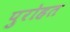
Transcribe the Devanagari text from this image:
पुरोहत